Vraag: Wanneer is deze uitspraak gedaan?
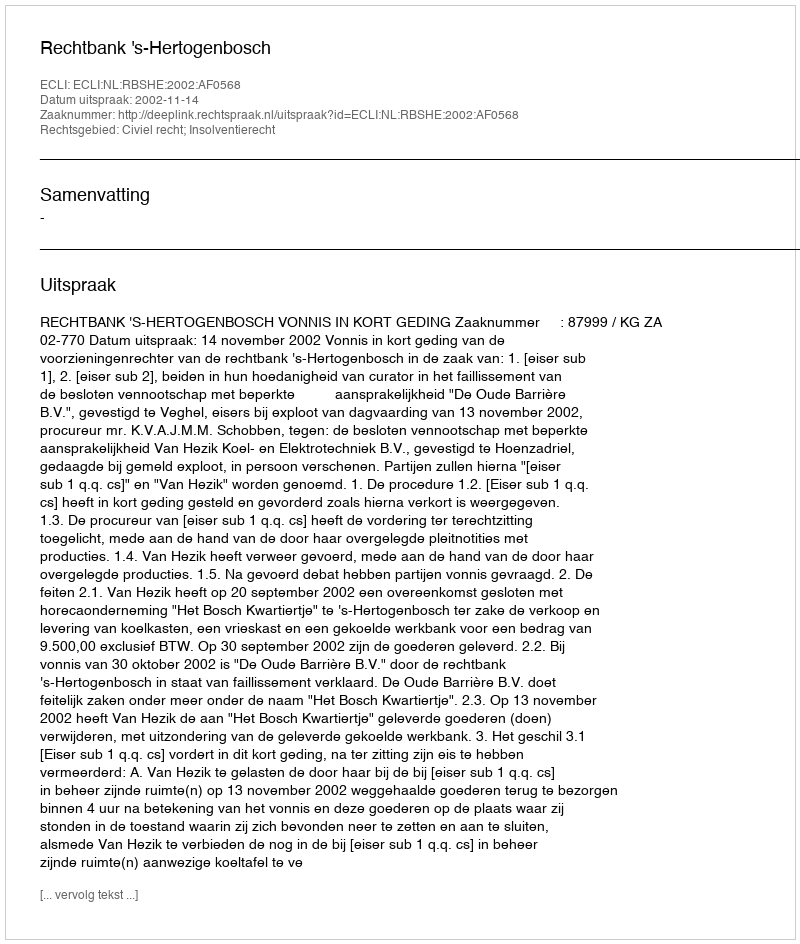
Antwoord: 2002-11-14